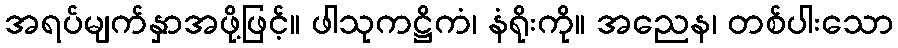
အရပ်မျက်နှာအဖို့ဖြင့်။ ဖါသုကဋ္ဌိကံ၊ နံရိုးကို။ အညေန၊ တစ်ပါးသော